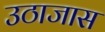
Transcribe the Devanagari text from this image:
उठाजास